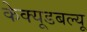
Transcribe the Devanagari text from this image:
केक्यूडबल्यू